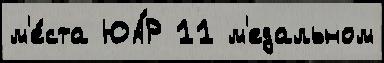
м'е́ста ЮА́Р 11 м'едальном